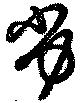
劣